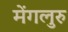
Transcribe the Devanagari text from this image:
मेंगलुरु